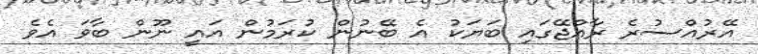
އޭރުއްސުރެ ރާއްޖޭގައި ބަޔަކު އެ ބޭނުން ކުރަމުން އައީ ނޫން ބާވަ އެވެ